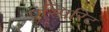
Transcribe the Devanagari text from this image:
एस्पिरिट